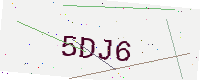
Text: 5DJ6